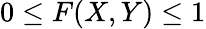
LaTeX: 0\leq F(X,Y)\leq 1